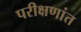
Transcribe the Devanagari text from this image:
परीक्षणांत